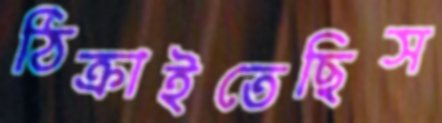
ঠিক্‌রাইতেছিস